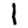
Digit: 1